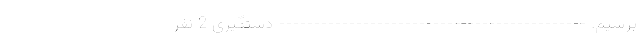
برسیم. -------------------------------------------- دستگیری 2 نفر